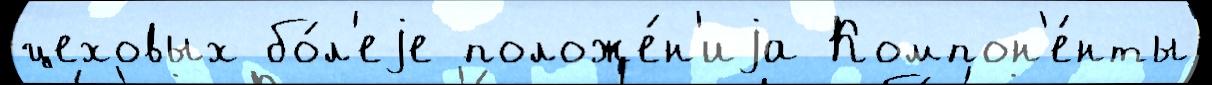
цеховых бо́л'еjе положе́н'иjа Компон'е́нты